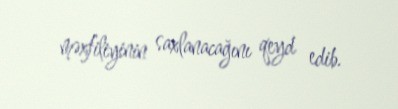
məxfiliyinin saxlanacağını qeyd edib.